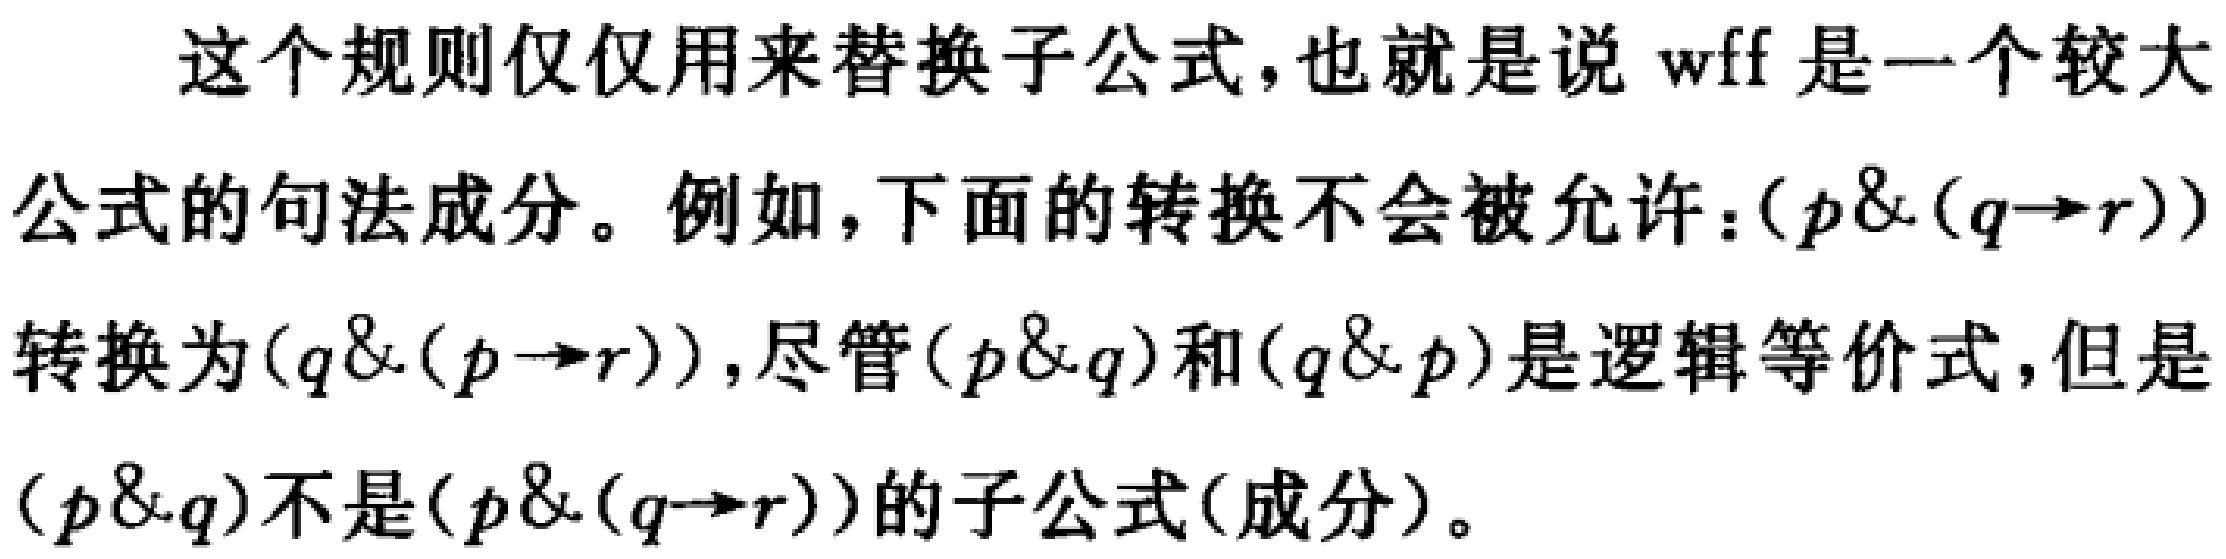
这个规则仅仅用来替换子公式，也就是说 wff 是一个较大公式的句法成分。例如，下面的转换不会被允许：\((p\&(q\rightarrow r))\)转换为\((q\&(p\rightarrow r))\)，尽管\((p\&q)\)和\((q\&p)\)是逻辑等价式，但是\((p\&q)\)不是\((p\&(q\rightarrow r))\)的子公式(成分)。